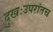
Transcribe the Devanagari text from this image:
दुखःउपरांतच